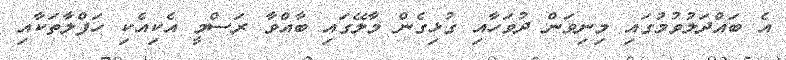
އެ ބައްދަލުވުމުގައި މިނިވަން ދުވަހާއި ގުޅިގެން މާލޭގައި ބާއްވާ ރަސްމީ އެކިއެކި ހަފްލާތަކާއި